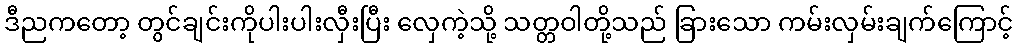
ဒီညကတော့ တွင်ချင်းကိုပါးပါးလှီးပြီး လှေကဲ့သို့ သတ္တဝါတို့သည် ခြားသော ကမ်းလှမ်းချက်ကြောင့်